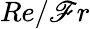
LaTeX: Re/\mathscr{F}r